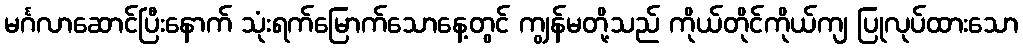
မင်္ဂလာဆောင်ပြီးနောက် သုံးရက်မြောက်သောနေ့တွင် ကျွန်မတို့သည် ကိုယ်တိုင်ကိုယ်ကျ ပြုလုပ်ထားသော